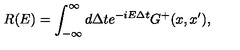
R ( E ) = \int _ { - \infty } ^ { \infty } d \Delta t e ^ { - i E \Delta t } G ^ { + } ( x , x ^ { \prime } ) ,